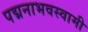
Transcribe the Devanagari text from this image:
पद्मनाभवस्वामी